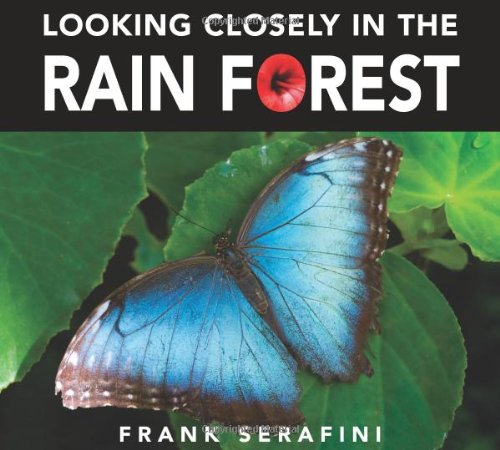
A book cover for Looking Closely in the Rain Forest; Frank Serafini; Science & Math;